Treatise on elephants
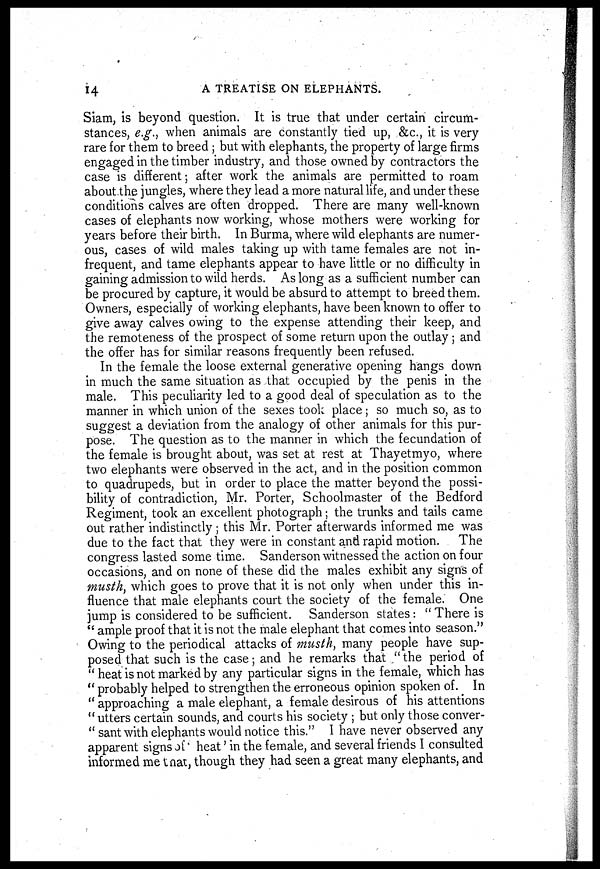
14
A TREATISE ON ELEPHANTS.
Siam, is beyond question. It is true that under certain circum-
stances, e.g., when animals are constantly tied up, &c., it is very
rare for them to breed ; but with elephants, the property of large firms
engaged in the timber industry, and those owned by contractors the
case is different; after work the animals are permitted to roam
about the jungles, where they lead a more natural life, and under these
conditions calves are often dropped. There are many well-known
cases of elephants now working, whose mothers were working for
years before their birth. In Burma, where wild elephants are numer-
ous, cases of wild males taking up with tame females are not in-
frequent, and tame elephants appear to have little or no difficulty in
gaining admission to wild herds. As long as a sufficient number can
be procured by capture, it would be absurd to attempt to breed them.
Owners, especially of working elephants, have been known to offer to
give away calves owing to the expense attending their keep, and
the remoteness of the prospect of some return upon the outlay ; and
the offer has for similar reasons frequently been refused.
In the female the loose external generative opening hangs down
in much the same situation as that occupied by the penis in the
male. This peculiarity led to a good deal of speculation as to the
manner in which union of the sexes took place ; so much so, as to
suggest a deviation from the analogy of other animals for this pur-
pose. The question as to the manner in which the fecundation of
the female is brought about, was set at rest at Thayetmyo, where
two elephants were observed in the act, and in the position common
to quadrupeds, but in order to place the matter beyond the possi-
bility of contradiction, Mr. Porter, Schoolmaster of the Bedford
Regiment, took an excellent photograph; the trunks and tails came
out rather indistinctly ; this Mr. Porter afterwards informed me was
due to the fact that they were in constant and rapid motion. The
congress lasted some time. Sanderson witnessed the action on four
occasions, and on none of these did the males exhibit any signs of
musth, which goes to prove that it is not only when under this in-
fluence that male elephants court the society of the female. One
jump is considered to be sufficient. Sanderson states : " There is
" ample proof that it is not the male elephant that comes into season."
Owing to the periodical attacks of musth, many people have sup-
posed that such is the case; and he remarks that " the period of
" heat is not marked by any particular signs in the female, which has
" probably helped to strengthen the erroneous opinion spoken of. In
" approaching a male elephant, a female desirous of his attentions
" utters certain sounds, and courts his society ; but only those conver-
" sant with elephants would notice this." I have never observed any
apparent signs of heat' in the female, and several friends I consulted
informed me that, though they had seen a great many elephants, and